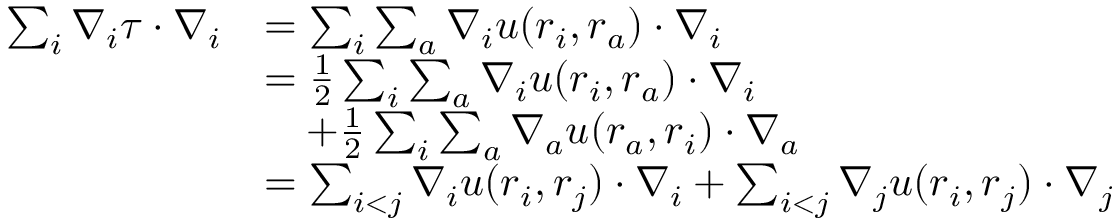
\begin{array} { r l } { \sum _ { i } \boldsymbol { \nabla } _ { i } \tau \cdot \boldsymbol { \nabla } _ { i } } & { = \sum _ { i } \sum _ { a } \boldsymbol { \nabla } _ { i } u ( \boldsymbol { r } _ { i } , \boldsymbol { r } _ { a } ) \cdot \boldsymbol { \nabla } _ { i } } \\ & { = \frac { 1 } { 2 } \sum _ { i } \sum _ { a } \boldsymbol { \nabla } _ { i } u ( \boldsymbol { r } _ { i } , \boldsymbol { r } _ { a } ) \cdot \boldsymbol { \nabla } _ { i } } \\ & { \quad + \frac { 1 } { 2 } \sum _ { i } \sum _ { a } \boldsymbol { \nabla } _ { a } u ( \boldsymbol { r } _ { a } , \boldsymbol { r } _ { i } ) \cdot \boldsymbol { \nabla } _ { a } } \\ & { = \sum _ { i < j } \boldsymbol { \nabla } _ { i } u ( \boldsymbol { r } _ { i } , \boldsymbol { r } _ { j } ) \cdot \boldsymbol { \nabla } _ { i } + \sum _ { i < j } \boldsymbol { \nabla } _ { j } u ( \boldsymbol { r } _ { i } , \boldsymbol { r } _ { j } ) \cdot \boldsymbol { \nabla } _ { j } } \end{array}